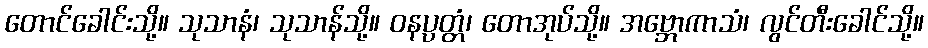
တောင်ခေါင်းသို့။ သုသာနံ၊ သုသာန်သို့။ ဝနပ္ပတ္တံ၊ တောအုပ်သို့။ အဗ္ဘောကာသံ၊ လွင်တီးခေါင်သို့။